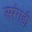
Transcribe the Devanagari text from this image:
अरंगडी